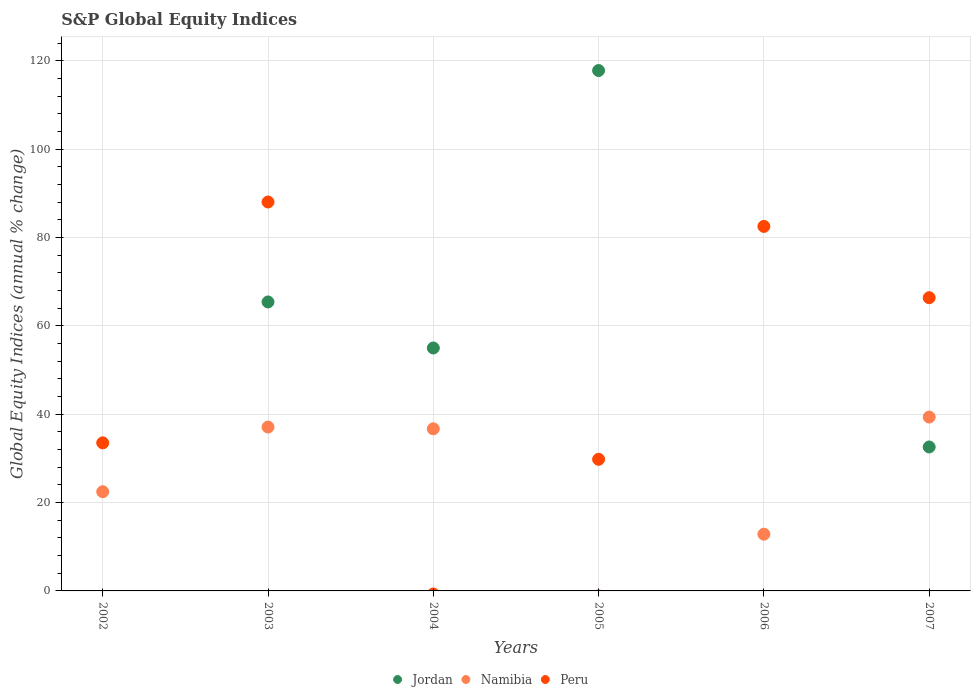
| Years | Jordan | Namibia | Peru |
 | --- | --- | --- | --- |
 | 2002 | -2.13 | 22.5 | 33.5 |
 | 2003 | 65.4 | 37.1 | 88.1 |
 | 2004 | 55 | 36.7 | -0.7 |
 | 2005 | 118 | -1.12 | 29.8 |
 | 2006 | -36 | 12.8 | 82.5 |
 | 2007 | 32.6 | 39.4 | 66.4 |